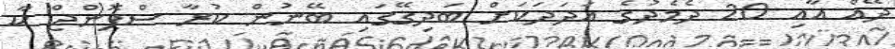
ދޭއް އާއި 20 ދެމެދުގެ އަދަދަކަށް ބަދިގޭގައި ބޭނުން ކުރާ ސްޕޮންޖް ކާ